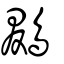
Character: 鵽